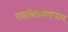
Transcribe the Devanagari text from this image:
एकत्रिकरणानंतर